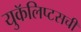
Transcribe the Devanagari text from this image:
युकॅलिप्टसची